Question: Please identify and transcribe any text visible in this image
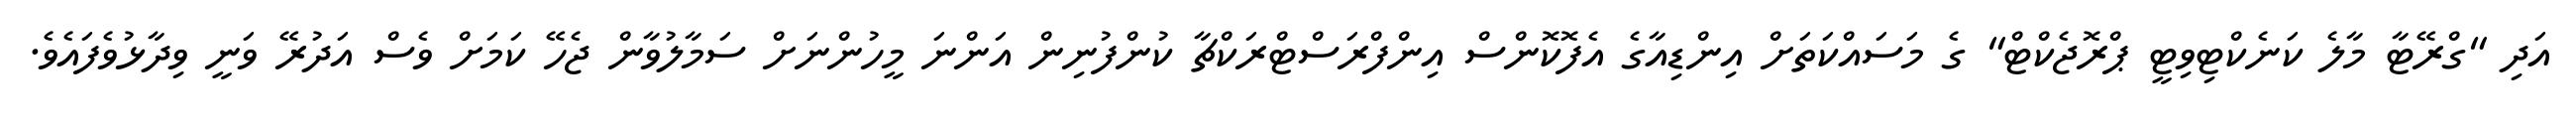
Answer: އަދި "ގްރޭޓާ މާލެ ކަނެކްޓިވިޓީ ޕްރޮޖެކްޓް" ގެ މަސައްކަތަށް އިންޑިއާގެ އެފޮކޮންސް އިންފްރަސްޓްރަކްޗާ ކުންފުނިން އަންނަ މީހުންނަށް ސަމާލުވާން ޖެހޭ ކަމަށް ވެސް އަދުރޭ ވަނީ ވިދާޅުވެފައެވެ.